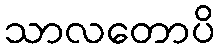
သာလတောပိ